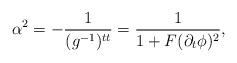
LaTeX: \begin{align*} \alpha^2=-\frac{1}{(g^{-1})^{tt}}=\frac{1}{1+F(\partial_t\phi)^2},\end{align*}